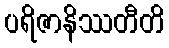
ပရိဇာနိဿတီတိ